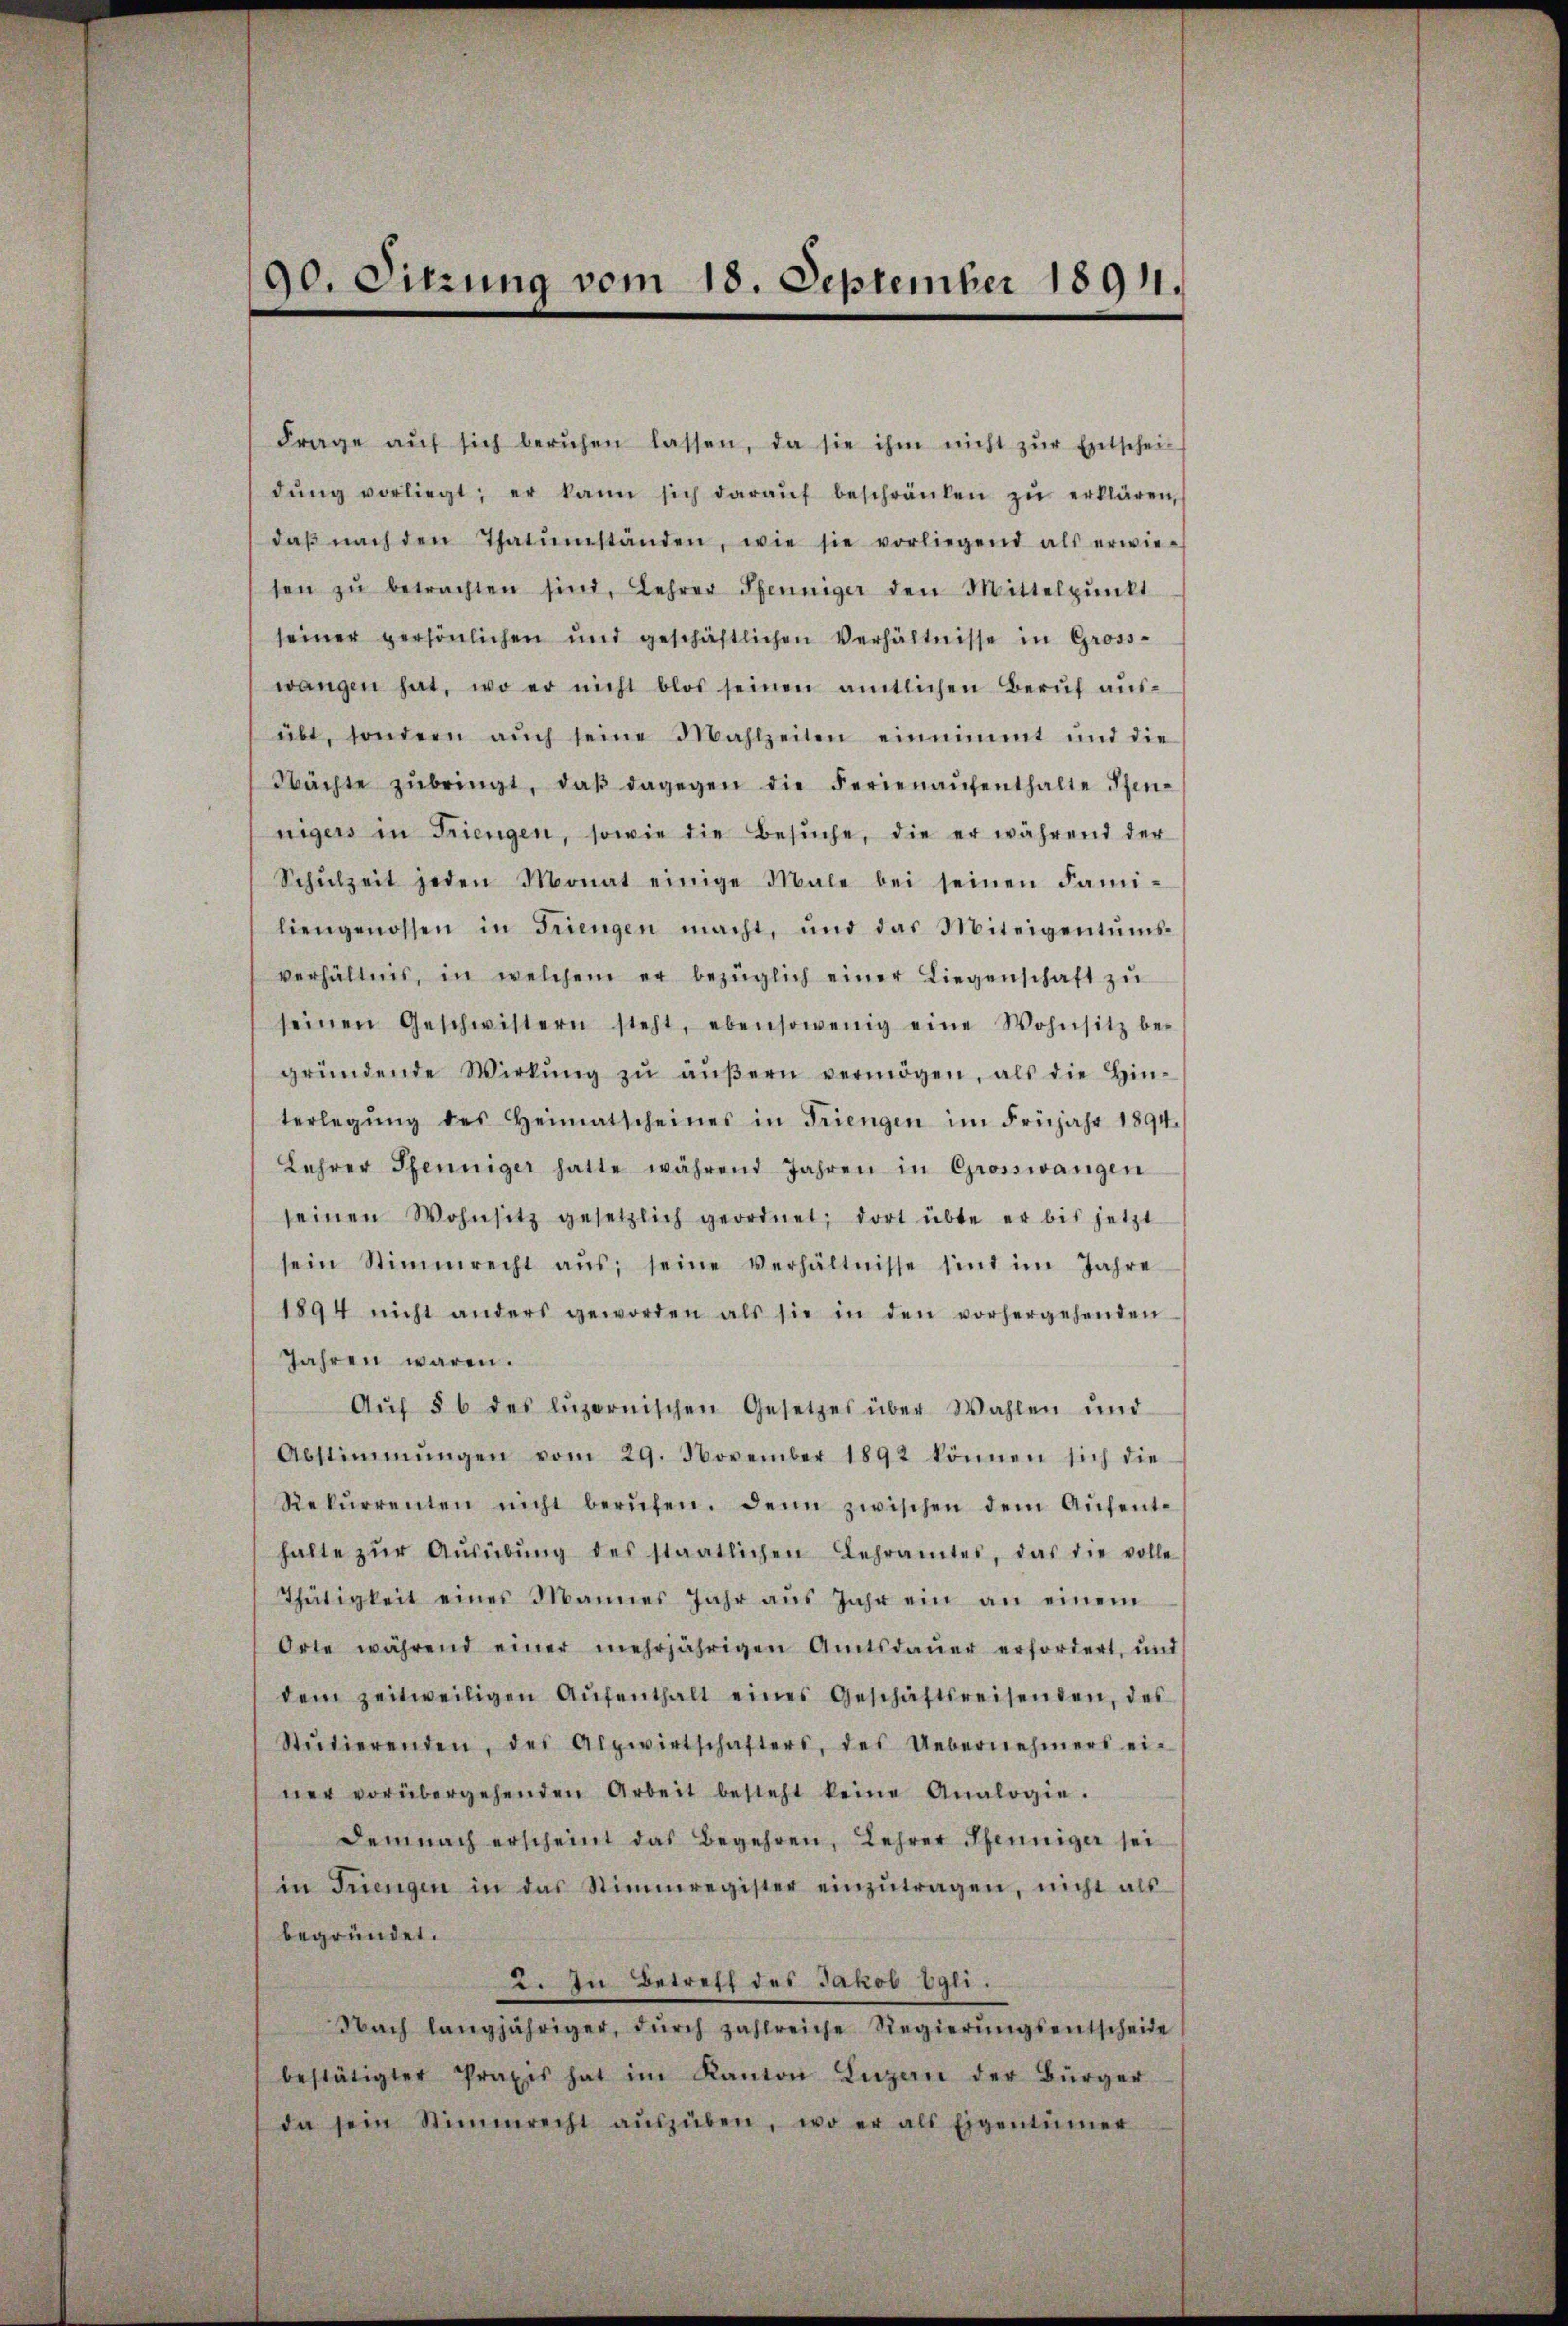
Frage aŭf sich beruhen lassen, da sie ihm nicht zŭr Entschei-
dŭng vorliegt; er kann sich daraŭf beschränken zŭ erklären,
daβ nach den Thatumständen, wie sie vorliegend als erwie-
sen zŭ betrachten sind, Lehrer Pfenniger den Mittelpŭnkt
seiner persönlichen und geschäftlichen Verhältnisse in Gross-
wangen hat, wo er nicht blos seinen amtlichen Berŭf aŭs-
übt, sondern aŭch seine Mahlzeiten einnimmt und die
Nächte zŭbringt, daβ dagegen die Ferienaŭfenthalte Pen-
nigers in Friengen, sowie die Besŭche, die er während der
Schŭlzeit jeden Monat einige Male bei seinen Fami-
liengenossen in Triengen macht, und das Miteigentumsverhältnis, in welchem er bezüglich einer Liegenschaft zŭ
seinen Geschwistern steht, ebensowenig eine Wohnsitz be-
gründende Wirkŭng zŭ äŭβern vermögen, als die Hin-
terlegŭng des Heimatscheines in Triengen im Früjahr 1894.
Lehrer Pfenniger hatte während Jahren in Grosswangen
seinen Wohnsitz gesetzlich geordnet, dort übte er bis jetzt
sein Stimmrecht aŭs seine Verhältnisse sind im Jahre
1894 nicht anders geworden als sie in den vorhergehenden
Jahren waren.
Aŭf § 6 des luzernischen Gesetzes über Wahlen und
Abstimmungen vom 29. November 1892 können sich die
Rekŭrrenten nicht berŭfen. Denn zwischen dem Aŭfent-
halte zŭr Aŭsübŭng des staatlichen Lehramtes, das die volle
Thätigkeit eines Mannes Jahr aŭs Jahr ein an einem
Orte während einer mehrjährigen Amtsdaŭer erfordert, und
dem zeitweiligen Aŭfenthalt eines Geschäftsreisenden, des
Stŭtierenden, des Alpwirtschafters, des Uebernehmers ei-
ner vorübergehenden Arbeit besteht keine Analogie.
Demnach erscheint das Begehren, Lehrer Pfenniger sei
in Frengen in das Stimmregister einzŭtragen, nicht als
begründet.
2. In Betreff des Jakob Egli.
Nach langjähriger, dŭrch zahlreiche Regierŭngsentscheide
bestätigter Praxis hat im Kanton Luzern der Bürger
da sein Stimmrecht aŭszŭben, wo er als Eigentümer

90. Sitzung vom 18. September 18911.